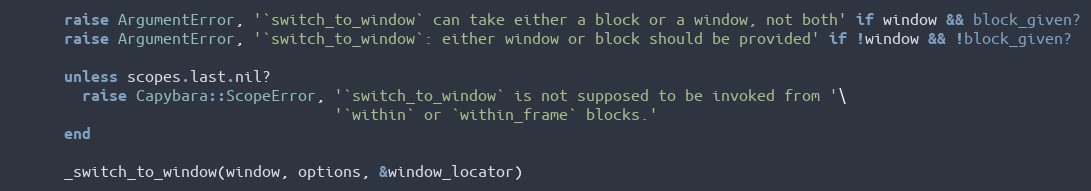
Language: Ruby
      raise ArgumentError, '`switch_to_window` can take either a block or a window, not both' if window && block_given?
      raise ArgumentError, '`switch_to_window`: either window or block should be provided' if !window && !block_given?

      unless scopes.last.nil?
        raise Capybara::ScopeError, '`switch_to_window` is not supposed to be invoked from '\
                                    '`within` or `within_frame` blocks.'
      end

      _switch_to_window(window, options, &window_locator)